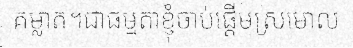
គម្លាត។ជាធម្មតាខ្ញុំចាប់ផ្តើមស្រមោល